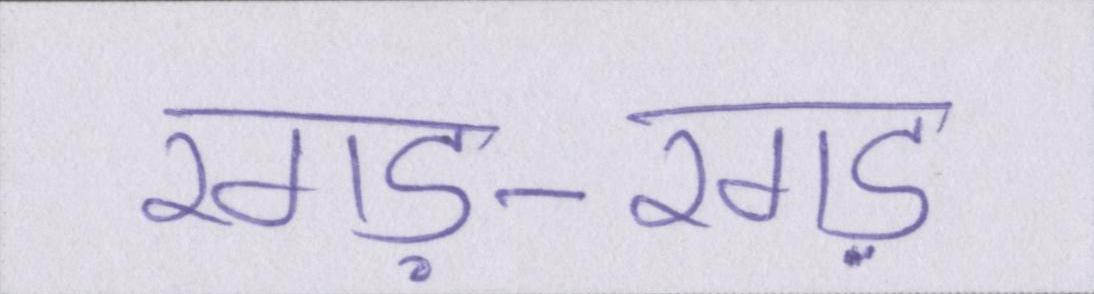
रगड़-रगड़